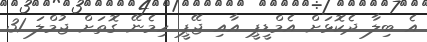
އެ ބިލާ ދެކޮޅަށް އެމްޑީޕީ އާއި ޖޭޕީ ހިމެނޭ ގޮތަށް ޖުމްލަ 31